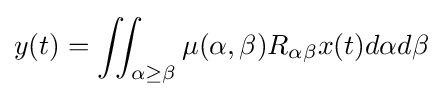
y(t)=\iint _{\alpha \geq \beta }\mu (\alpha ,\beta )R_{\alpha \beta }x(t)d\alpha d\beta